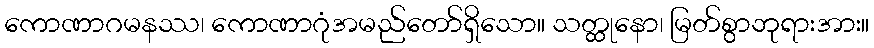
ကောဏာဂမနဿ၊ ကောဏာဂုံအမည်တော်ရှိသော။ သတ္ထုနော၊ မြတ်စွာဘုရားအား။